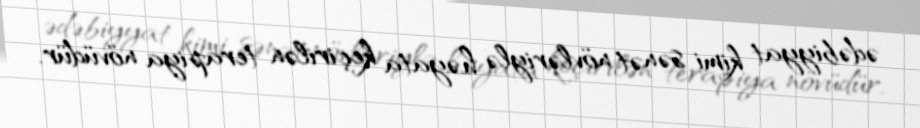
ədəbiyyat kimi sənət növləriylə həyata keçirilən terapiya növüdür.